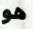
هو